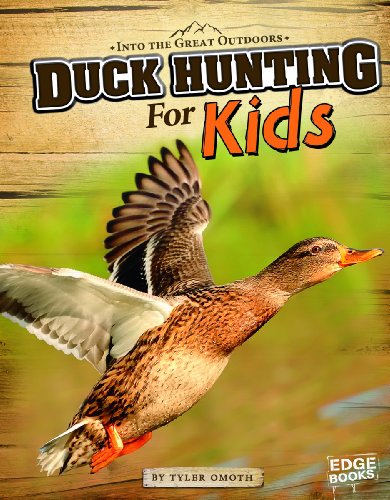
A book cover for Duck Hunting for Kids (Into the Great Outdoors); Tyler Omoth; Children's Books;